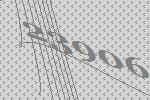
23906